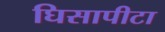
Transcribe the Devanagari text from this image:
घिसापीटा